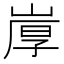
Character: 𰎩